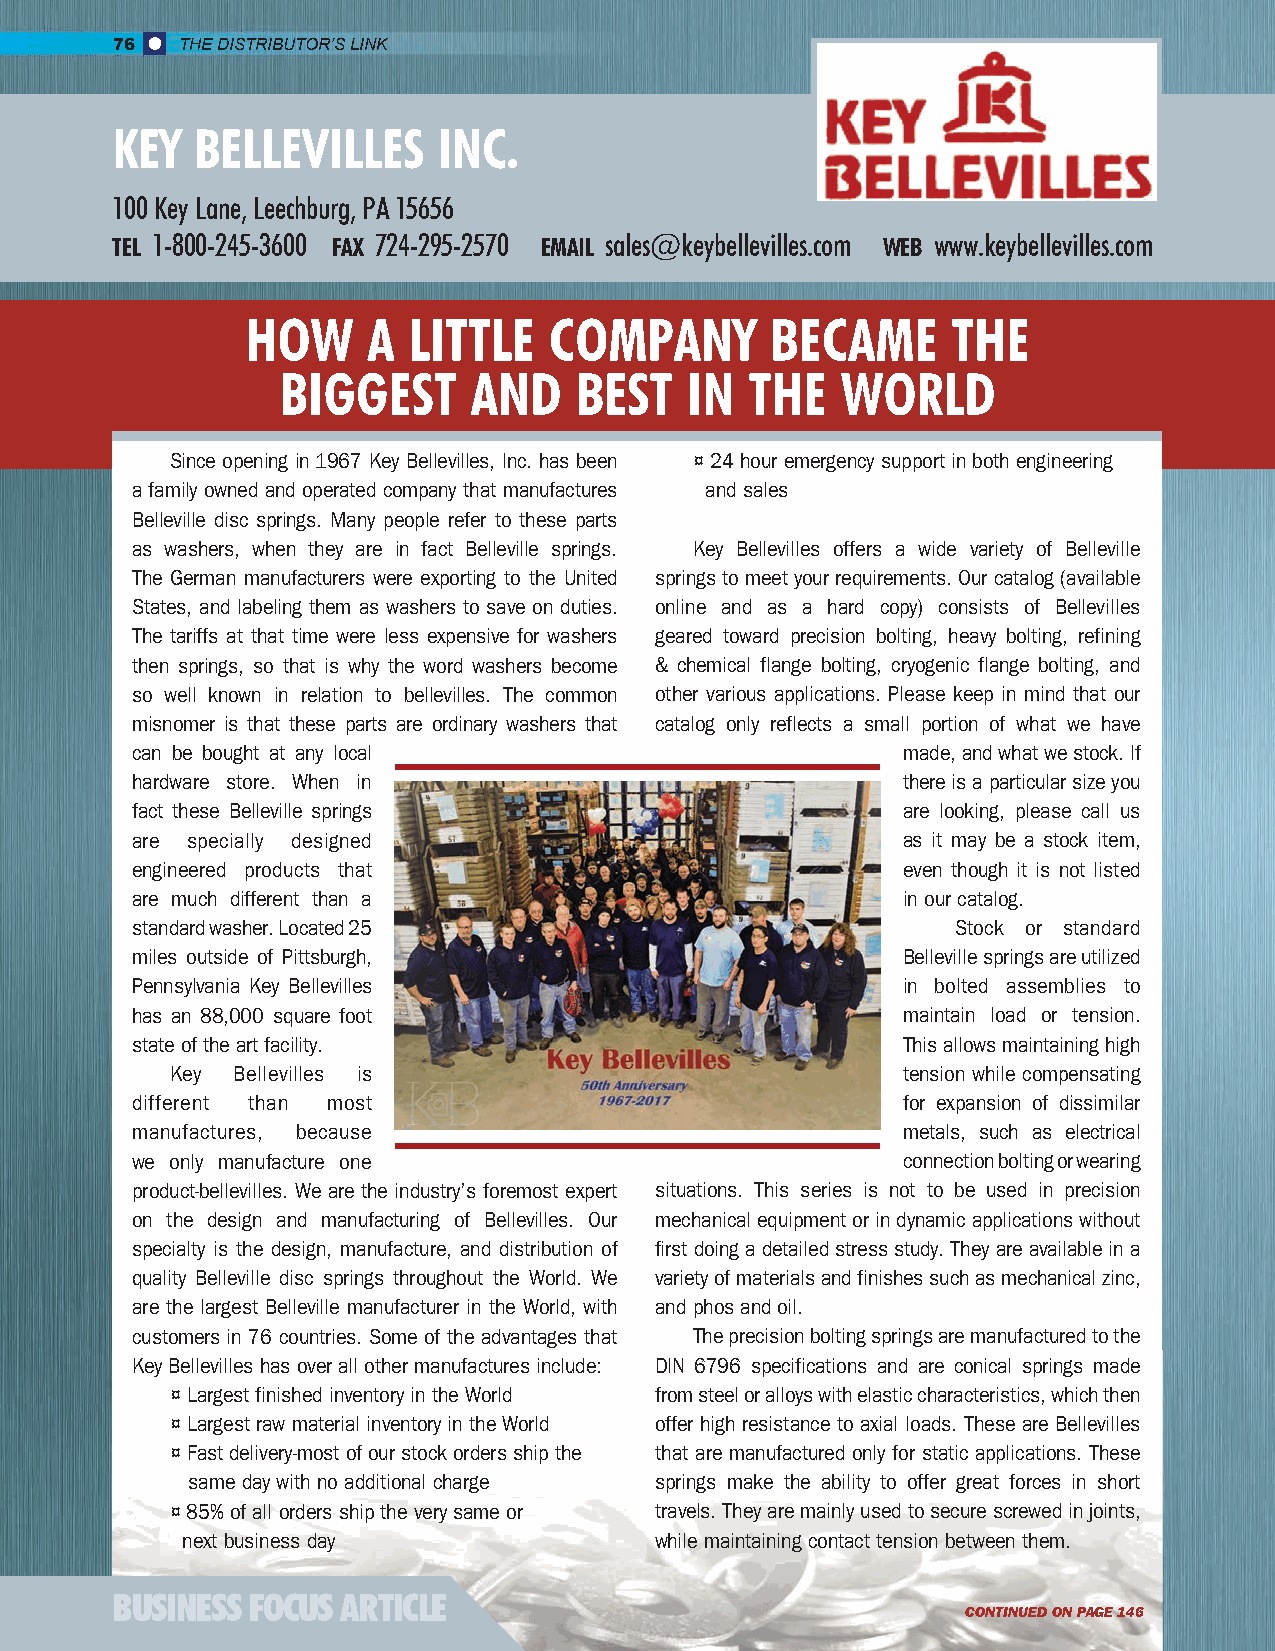
76   THE DISTRIBUTOR’S LINK
 KEY   BELLEVILLES     INC.
 100 Key Lane, Leechburg, PA 15656
 TEL 1-800-245-3600 FAX 724-295-2570 EMAIL sales@keybellevilles.com WEB www.keybellevilles.com
 HOW     A  LITTLE   COMPANY        BECAME      THE
 BIGGEST      AND    BEST   IN   THE   WORLD
 Since opening in 1967 Key Bellevilles, Inc. has been ¤ 24 hour emergency support in both engineering
 a family owned and operated company that manufactures and sales
 Belleville disc springs. Many people refer to these parts
 as washers, when they are in fact Belleville springs. Key Bellevilles offers a wide variety of Belleville
 The German manufacturers were exporting to the United springs to meet your requirements. Our catalog (available
 States, and labeling them as washers to save on duties. online and as a hard copy) consists of Bellevilles
 The tariffs at that time were less expensive for washers geared toward precision bolting, heavy bolting, refining
 then springs, so that is why the word washers become & chemical flange bolting, cryogenic flange bolting, and
 so well known in relation to bellevilles. The common other various applications. Please keep in mind that our
 misnomer is that these parts are ordinary washers that catalog only reflects a small portion of what we have
 can be bought at any local                         made, and what we stock. If
 hardware store. When in                            there is a particular size you
 fact these Belleville springs                      are looking, please call us
 are specially designed                             as it may be a stock item,
 engineered products that                           even though it is not listed
 are much different than a                          in our catalog.
 standard washer. Located 25                           Stock or standard
 miles outside of Pittsburgh,                       Belleville springs are utilized
 Pennsylvania Key Bellevilles                       in bolted assemblies to
 has an 88,000 square foot                          maintain load or tension.
 state of the art facility.                         This allows maintaining high
 Key Bellevilles is                               tension while compensating
 different than most                                for expansion of dissimilar
 manufactures, because                              metals, such as electrical
 we only manufacture one                            connection bolting or wearing
 product-bellevilles. We are the industry’s foremost expert situations. This series is not to be used in precision
 on the design and manufacturing of Bellevilles. Our mechanical equipment or in dynamic applications without
 specialty is the design, manufacture, and distribution of first doing a detailed stress study. They are available in a
 quality Belleville disc springs throughout the World. We variety of materials and finishes such as mechanical zinc,
 are the largest Belleville manufacturer in the World, with and phos and oil.
 customers in 76 countries. Some of the advantages that The precision bolting springs are manufactured to the
 Key Bellevilles has over all other manufactures include: DIN 6796 specifications and are conical springs made
 ¤ Largest finished inventory in the World from steel or alloys with elastic characteristics, which then
 ¤ Largest raw material inventory in the World offer high resistance to axial loads. These are Bellevilles
 ¤ Fast delivery-most of our stock orders ship the that are manufactured only for static applications. These
 same day with no additional charge springs make the ability to offer great forces in short
 ¤ 85% of all orders ship the very same or travels. They are mainly used to secure screwed in joints,
 next business day              while maintaining contact tension between them.
 BUSINESS FOCUS  ARTICLE
 CONTINUED ON PAGE 146